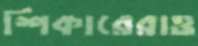
শিকারেরাও